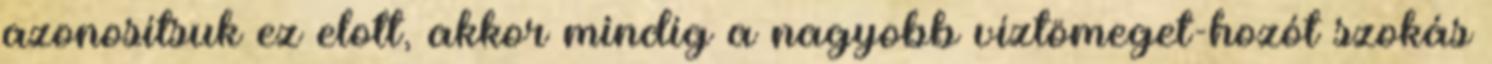
azonosítsuk ez elott, akkor mindíg a nagyobb víztömeget-hozót szokás